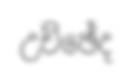
උච්ඡේද